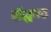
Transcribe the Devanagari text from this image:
बौद्धमठ